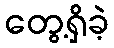
တွေ့ရှိခဲ့